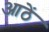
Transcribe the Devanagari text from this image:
आठें